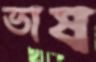
ভাষ